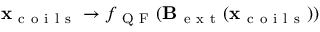
\mathbf x _ { \mathrm { ~ c ~ o ~ i ~ l ~ s ~ } } \rightarrow f _ { \mathrm { ~ Q ~ F ~ } } ( \mathbf B _ { \mathrm { ~ e ~ x ~ t ~ } } ( \mathbf x _ { \mathrm { ~ c ~ o ~ i ~ l ~ s ~ } } ) )